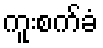
ကူးစက်ခံ